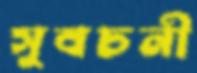
সুবচনী